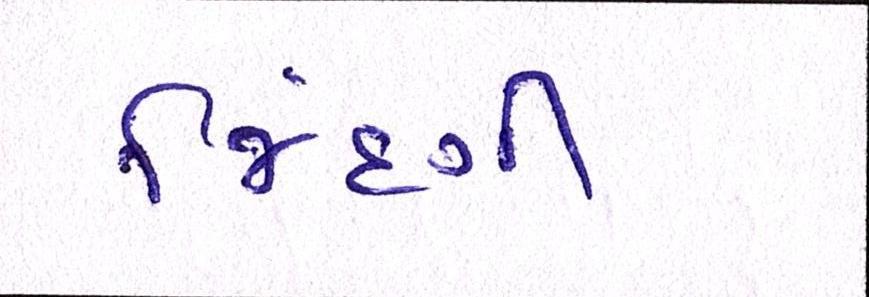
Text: જિંદગી